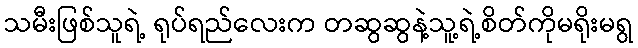
သမီးဖြစ်သူရဲ့ ရုပ်ရည်လေးက တဆွဆွနဲ့သူ့ရဲ့စိတ်ကိုမရိုးမရွ